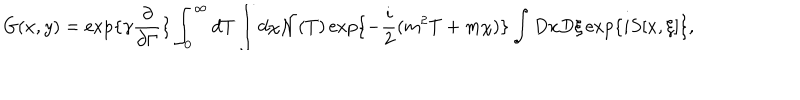
LaTeX: G ( x , y ) = \exp \{ \gamma \frac { \partial } { \partial \Gamma } \} \int _ { 0 } ^ { \infty } d T \int d \chi { \cal N } ( T ) \exp \{ - \frac { i } { 2 } ( m ^ { 2 } T + m \chi ) \} \int D x D \xi \exp \{ i S [ x , \xi ] \} ,